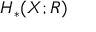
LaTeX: H _ { \ast } ( X ; R )